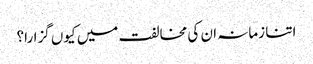
اتنا زمانہ ان کی مخالفت میں کیوں گزارا؟